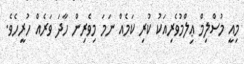
މިއީ މުސްލިމް ޢިލްމުވެރިއަކު ކުރި ކަމެއް ނަމަ މިވެރިން ހާދަ ވަރެއް ހުރީހެވެ.